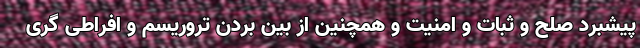
پیشبرد صلح و ثبات و امنیت و همچنین از بین بردن تروریسم و افراطی گری